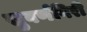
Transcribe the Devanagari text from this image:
सुवर्णगिरी